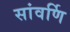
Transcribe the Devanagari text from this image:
सांवर्णि